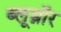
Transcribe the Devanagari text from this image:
ब्लूम्नॉर